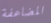
المضاعفة